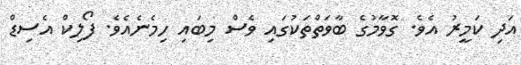
އަދި ކަމީރު އެވެ. ގޮވާމުގެ ބާވަތްތަކުގައި ވެސް މިބައި ހިމެނެއެވެ. ފޯލިކް އެސިޑް